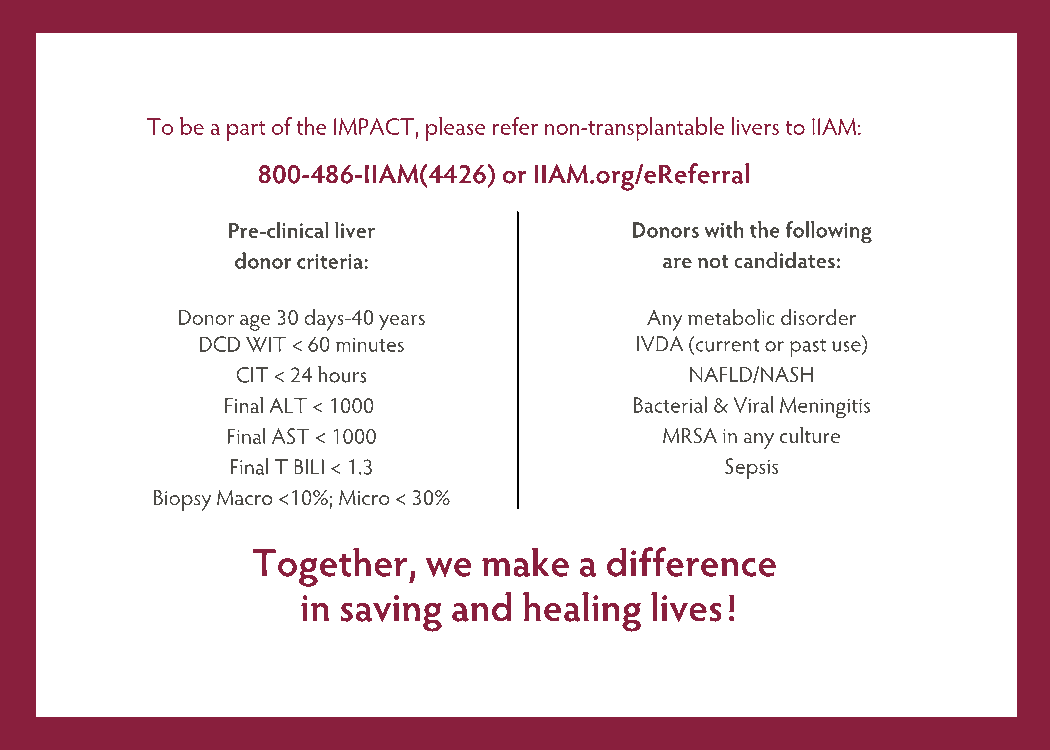
To be a part of the IMPACT, please refer non-transplantable livers to IIAM:
 800-486-IIAM(4426) or IIAM.org/eReferral
 Pre-clinical liver         Donors with the following
 donor criteria:              are not candidates:
 Donor age 30 days-40 years     Any metabolic disorder
 DCD WIT < 60 minutes         IVDA (current or past use)
 CIT < 24 hours                NAFLD/NASH
 Final ALT < 1000           Bacterial & Viral Meningitis
 Final AST < 1000             MRSA in any culture
 Final T BILI < 1.3               Sepsis
 Biopsy Macro <10%; Micro < 30%
 Together,  we  make  a difference
 in saving and  healing lives!